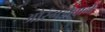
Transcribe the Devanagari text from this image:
औरंगझेबानें